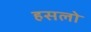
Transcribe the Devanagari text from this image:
हसलो